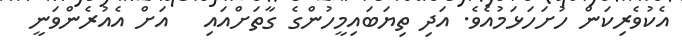
އެކުވެރިކަން ހުށަހަޅަމުއެވެ. އަދި ތިޔަބައިމީހުންގެ ގާތަށްއައި   އަށް އެއުރެންވަނީ